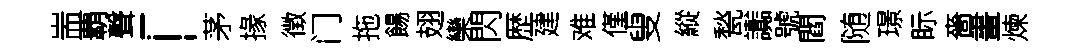
耑覇聲「茅掾徴门拖餳翅欒閃歴建难僅叟縱甃讟號閻随璟眎嗇畫煉